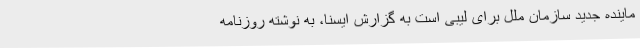
ماینده جدید سازمان ملل برای لیبی است به گزارش ایسنا، به نوشته روزنامه